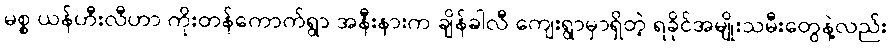
မစ္စ ယန်ဟီးလီဟာ ကိုးတန်ကောက်ရွာ အနီးနားက ချိန်ခါလီ ကျေးရွာမှာရှိတဲ့ ရခိုင်အမျိုးသမီးတွေနဲ့လည်း